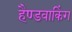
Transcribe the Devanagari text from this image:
हैण्डवाकिंग